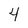
Character: 4